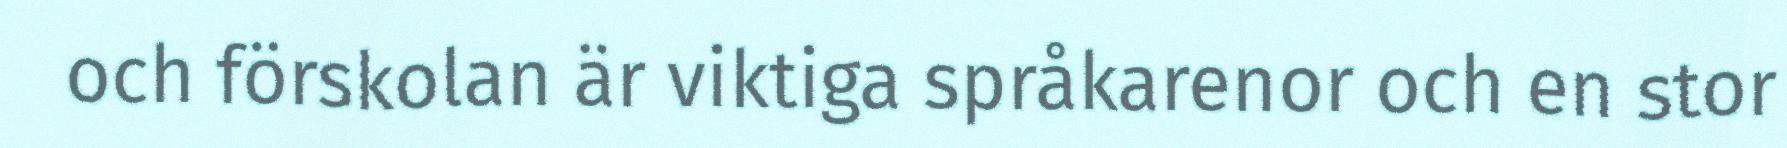
och förskolan är viktiga språkarenor och en stor